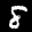
Label: 8